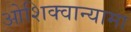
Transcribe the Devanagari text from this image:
ओशिक्वान्यामा